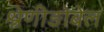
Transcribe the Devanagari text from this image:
श्रेणीङोबेल